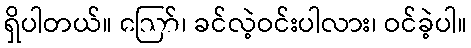
ရှိပါတယ်။ ဪ၊ ခင်လဲ့ဝင်းပါလား၊ ဝင်ခဲ့ပါ။